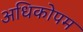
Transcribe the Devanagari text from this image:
अधिकोपम